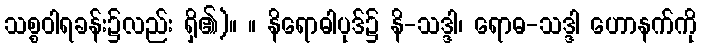
သစ္စဝါရခန်း၌လည်း ရှိ၏)။ ။ နိရောဓါပုဒ်၌ နိ-သဒ္ဒါ၊ ရောဓ-သဒ္ဒါ ဟောနက်ကို